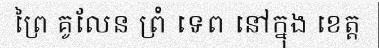
ព្រៃ គូលែន ព្រំ ទេព នៅក្នុង ខេត្ត